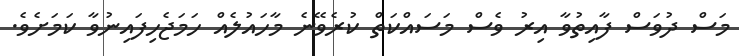
މަސް ދުވަސް ފާއިތުވާ އިރު ވެސް މަސައްކަތް ކުރެވޭނެ މާހައުލެއް ހަމަޖެހިފައިނުވާ ކަމަށެވެ.